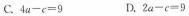
C.$$4 a - c = 9 $$ D.$$2 a - c = 9$$